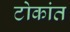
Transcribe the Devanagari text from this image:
टोकांत